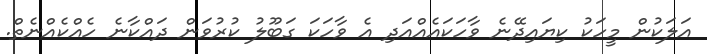
އަލަކުން މީހަކު ކިޔައިދޭނެ ވާހަކައެއްއަދި އެ ވާހަކަ ގަބޫލު ކުރުވަން ދައްކާނެ ހެއްކެއްނެތް.